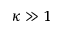
\kappa \gg 1